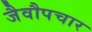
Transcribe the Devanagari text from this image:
जैवौपचार